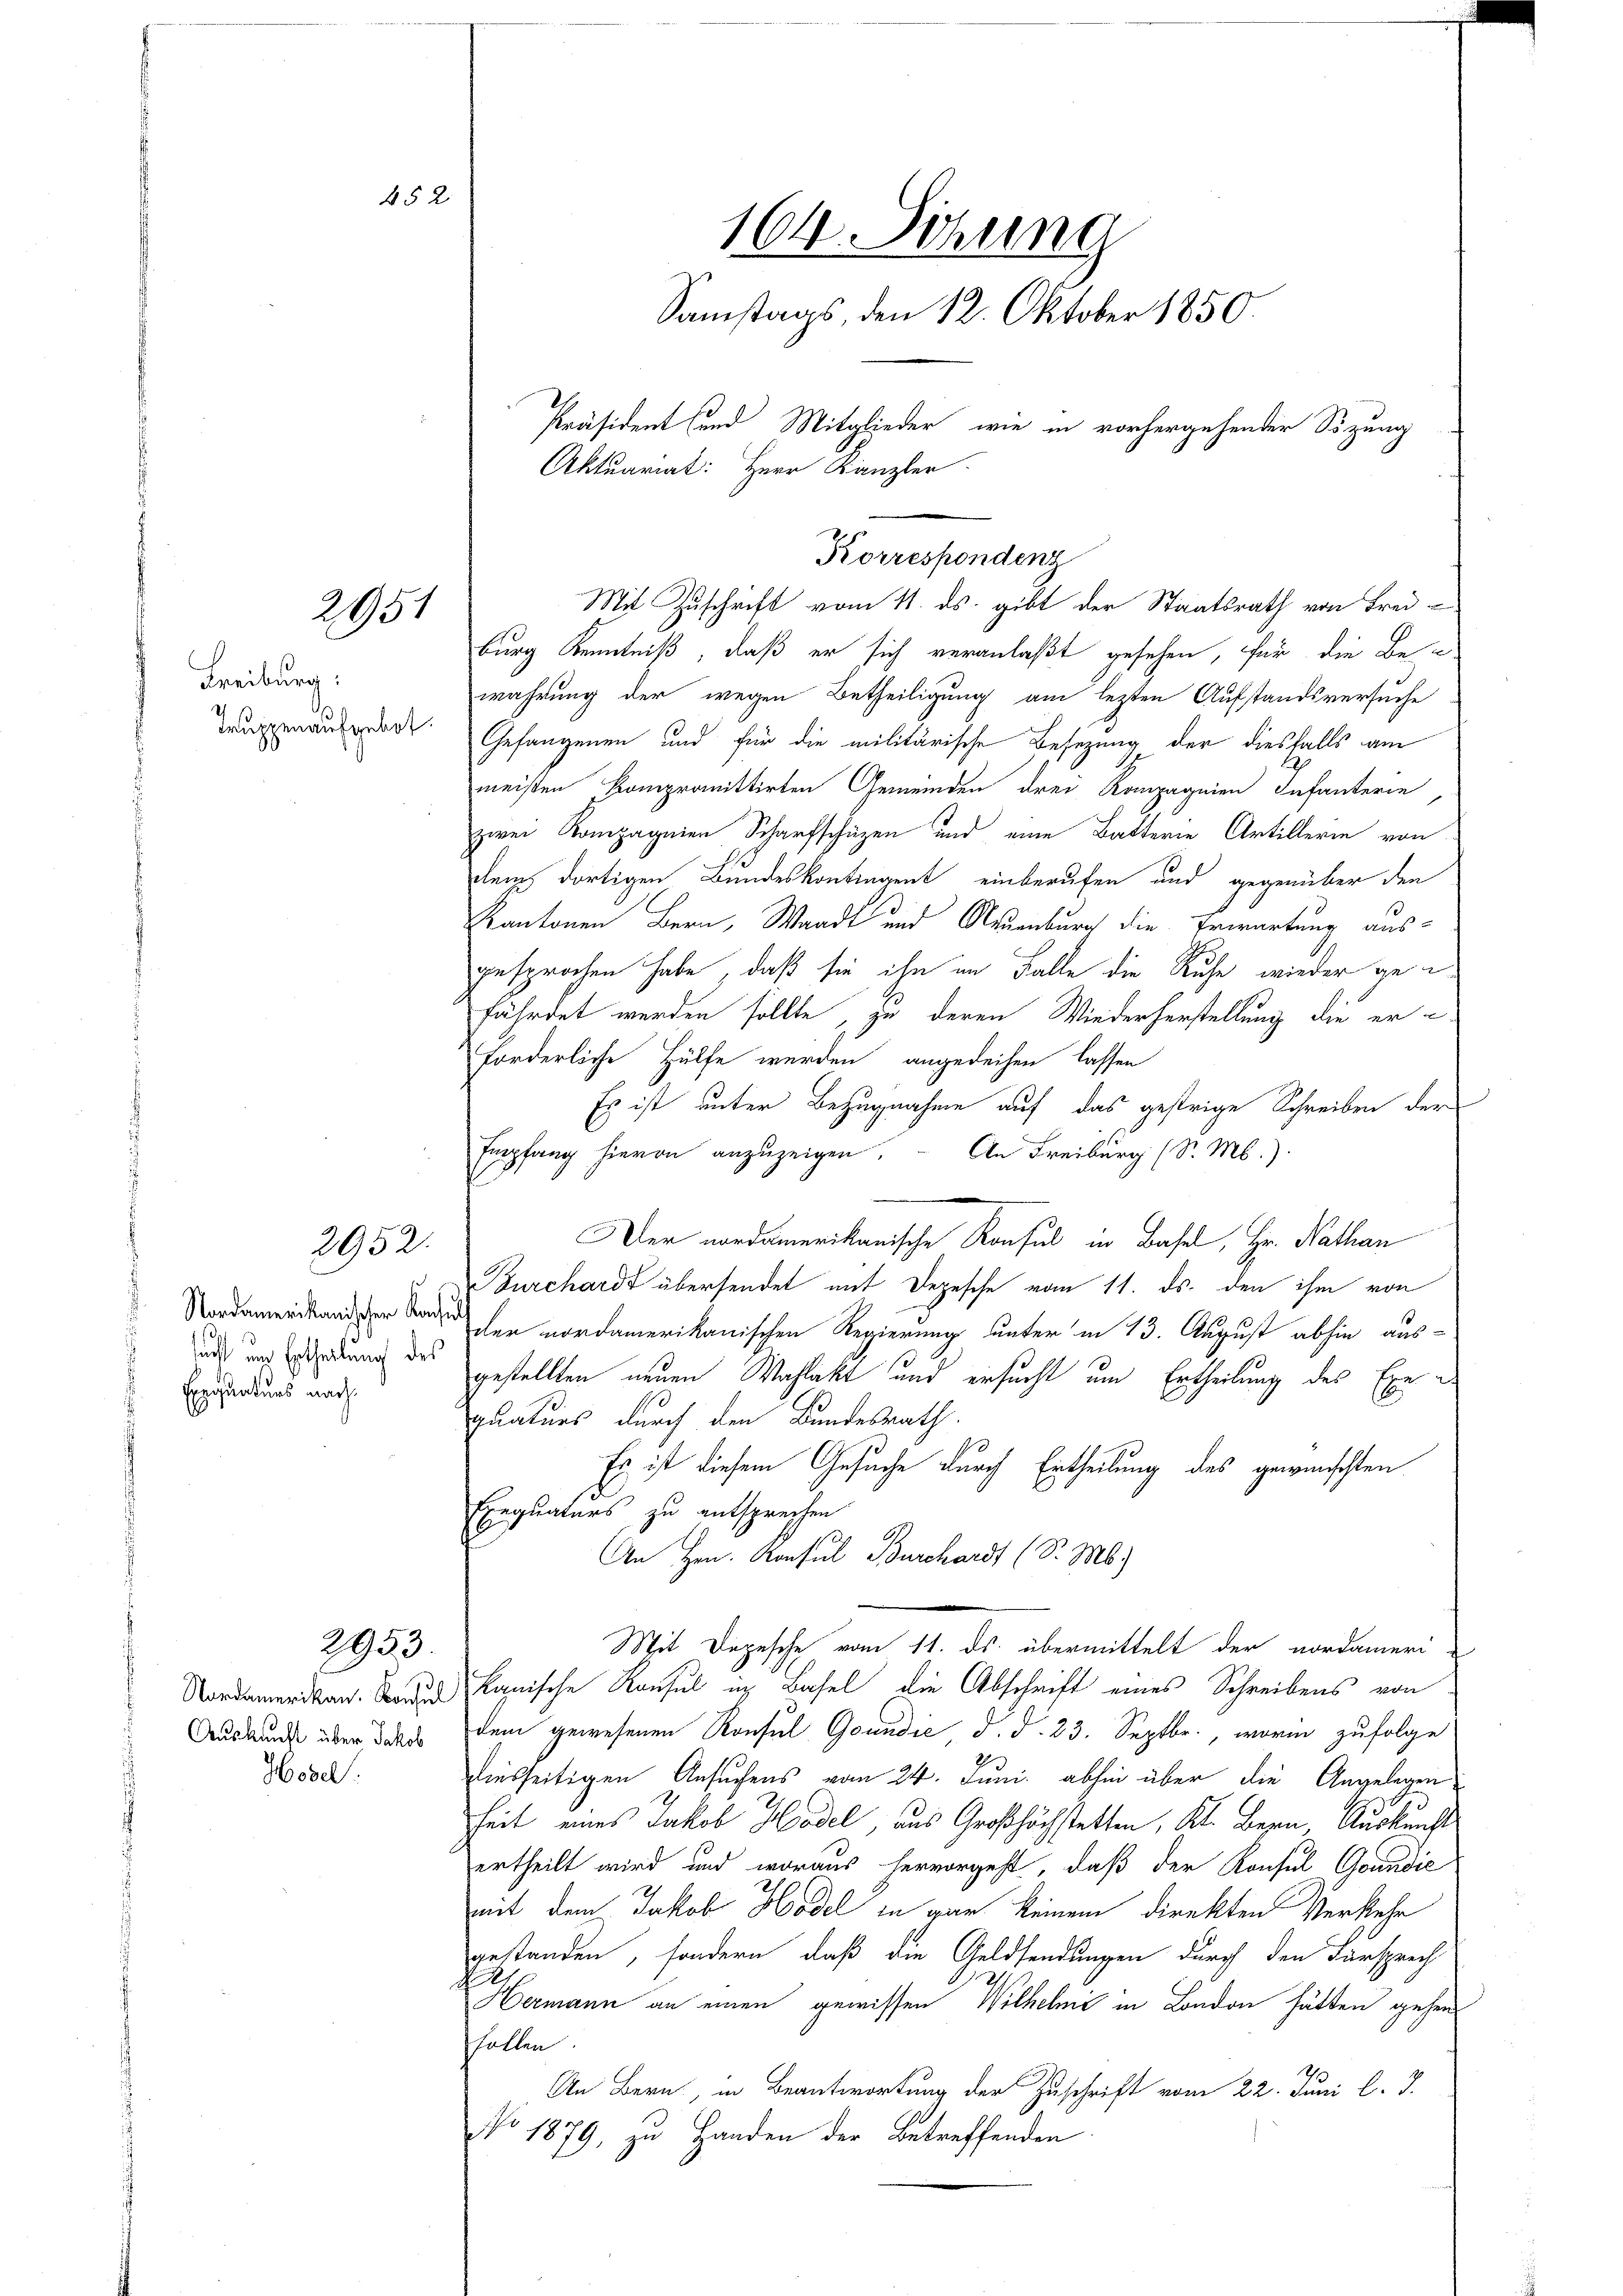
Freiburg:
Truppenaufgebot.

452

2951

2952.

sucht und Ertheilung des
Exequaturs nach¬

Auskunft über Jakob
Hösel.

2953.

164. Sitzung
Samstags, den 12. Oktober 1850.
Präsident und Mitglieder, wie in vorhergehender Sitzung
Aktuariat: Herr Kanzler

Korrespondenz
Mit Zuschrift vom 11. ds. gibt der Staatsrath von Frei¬

burg Kenntniß, daß er sich veranlaßt gesehen, für die Bewahrung der wegen Betheiligung am lezten Aufstandsversuche
Gefangenen und für die militärische Besezung der diesfalls am
meisten kompromittirten Gemeinden drei Kompagnien Infanterie
zwei Kompagnien Scharfschüzen und eine Batterie Artillerin von
dem dortigen Bundeskontingent einberufen und gegenüber den
kantonen Bern, Waadt und Neuenburg die Erwartung aus-
gesprochen habe, daß sie ihn im Falle die Ruhe wieder ge-
fährdet werden sollte, zu deren Wiederherstellung die erforderliche Hülfe werden angedeihen lassen
Es ist unter Bezugnahme auf das gestrige Schreiben der
Empfang hievon anzuzeigen. An Freiburg (S. M.)
Der nordamerikanische Konsul in Basel, Hr. Nathan
Burchards übersendet mit Depesche vom 11. ds. den ihm von
 en nordamerikanischen Regierung unter in 13. August abhin aus-
gestellten neuen Wahlakt und ersucht um Ertheilung des Exequaturs durch den Bundesrath.
Es ist diesem Gesuche durch Ertheilung des gewünschten
Exequaturs zu entsprechen
An Hrn. Konsul Burchardt (S. M.)
Mit Depesche vom 11. ds. übermittelt der nordameri-
Nordamerikan. So kanische Konsul in Basel die Abschrift eines Schreibens von
dem gewesenen Konsul Gouudić d. d. 23. Septbr., worin zufolge
dinsseitigen Ansuchens vom 24. Juni abhin über die Angelegen
heit eines Jakob Hadel, aus Großhöchstetten, Kt. Bern, Auskunft
ertheilt wird und woraus hervorgeht, daß der Konsul Goundić
mit dem Jakob Hodel in gar keinem direkten Verkehr
gestanden, sondern, daß die Geldsendungen durch den Fürsprech
der
Hermann an einen gewissen Wilhelmi in London hätten gehen
ffallen
An Bern, in Beantwortung der Zuschrift vom 22. Juni l. J.
No 1879, zu Handen der Betreffenden